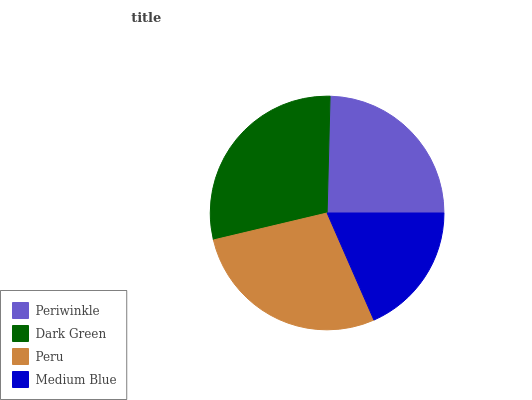
| Periwinkle | Dark Green | Peru | Medium Blue |
 | --- | --- | --- | --- |
 | 24.6% | 29.1% | 27.8% | 18.4% |